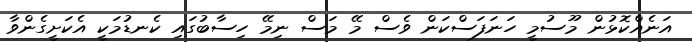
އަނެއްކޮޅުން މޫސުމީ ހަނަފަސްކަން ވެސް މޭ މަސް ނިމޭ ހިސާބުގައި ކެނޑުމަކީ އެކަށީގެންވާ